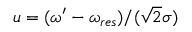
u = ( \omega ^ { \prime } - \omega _ { r e s } ) / ( \sqrt { 2 } \sigma )